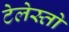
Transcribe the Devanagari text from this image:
टेलेस्तो